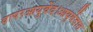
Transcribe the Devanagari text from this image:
वापरआयुर्वेद।आयुर्वेदात